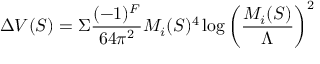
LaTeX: \Delta V ( S ) = \Sigma { \frac { ( - 1 ) ^ { F } } { 6 4 \pi ^ { 2 } } } M _ { i } ( S ) ^ { 4 } \log \left( { \frac { M _ { i } ( S ) } { \Lambda } } \right) ^ { 2 }